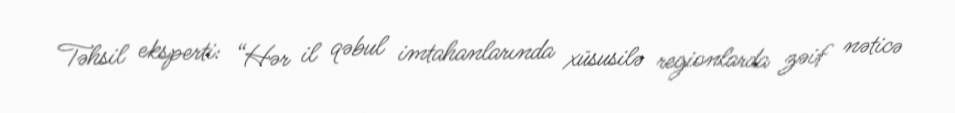
Təhsil eksperti: “Hər il qəbul imtahanlarında xüsusilə regionlarda zəif nəticə